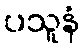
ပသူနံ